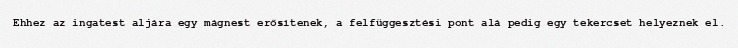
Ehhez az ingatest aljára egy mágnest erősítenek, a felfüggesztési pont alá pedig egy tekercset helyeznek el.